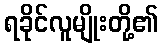
ရခိုင်လူမျိုးတို့၏